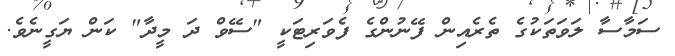
ސަމާސާ ލަވަތަކުގެ ތެރެއިން ފޭނުންގެ ފެވަރިޓަކީ "ސޭވް ދަ މީދާ" ކަން ޔަގީނެވެ.